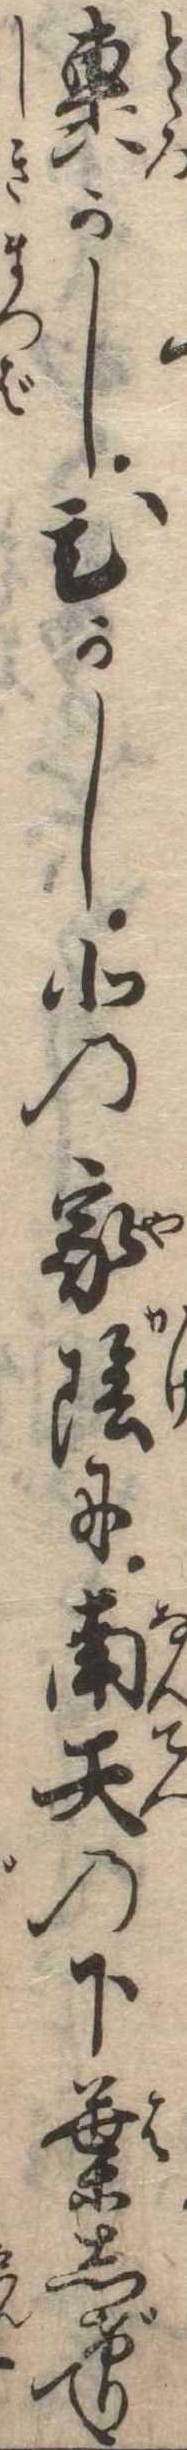
轟かしひかし北の家陰に南天の下葉しげりて